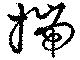
揣